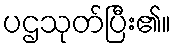
ပဌသုတ်ပြီး၏။